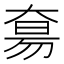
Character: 𫯭